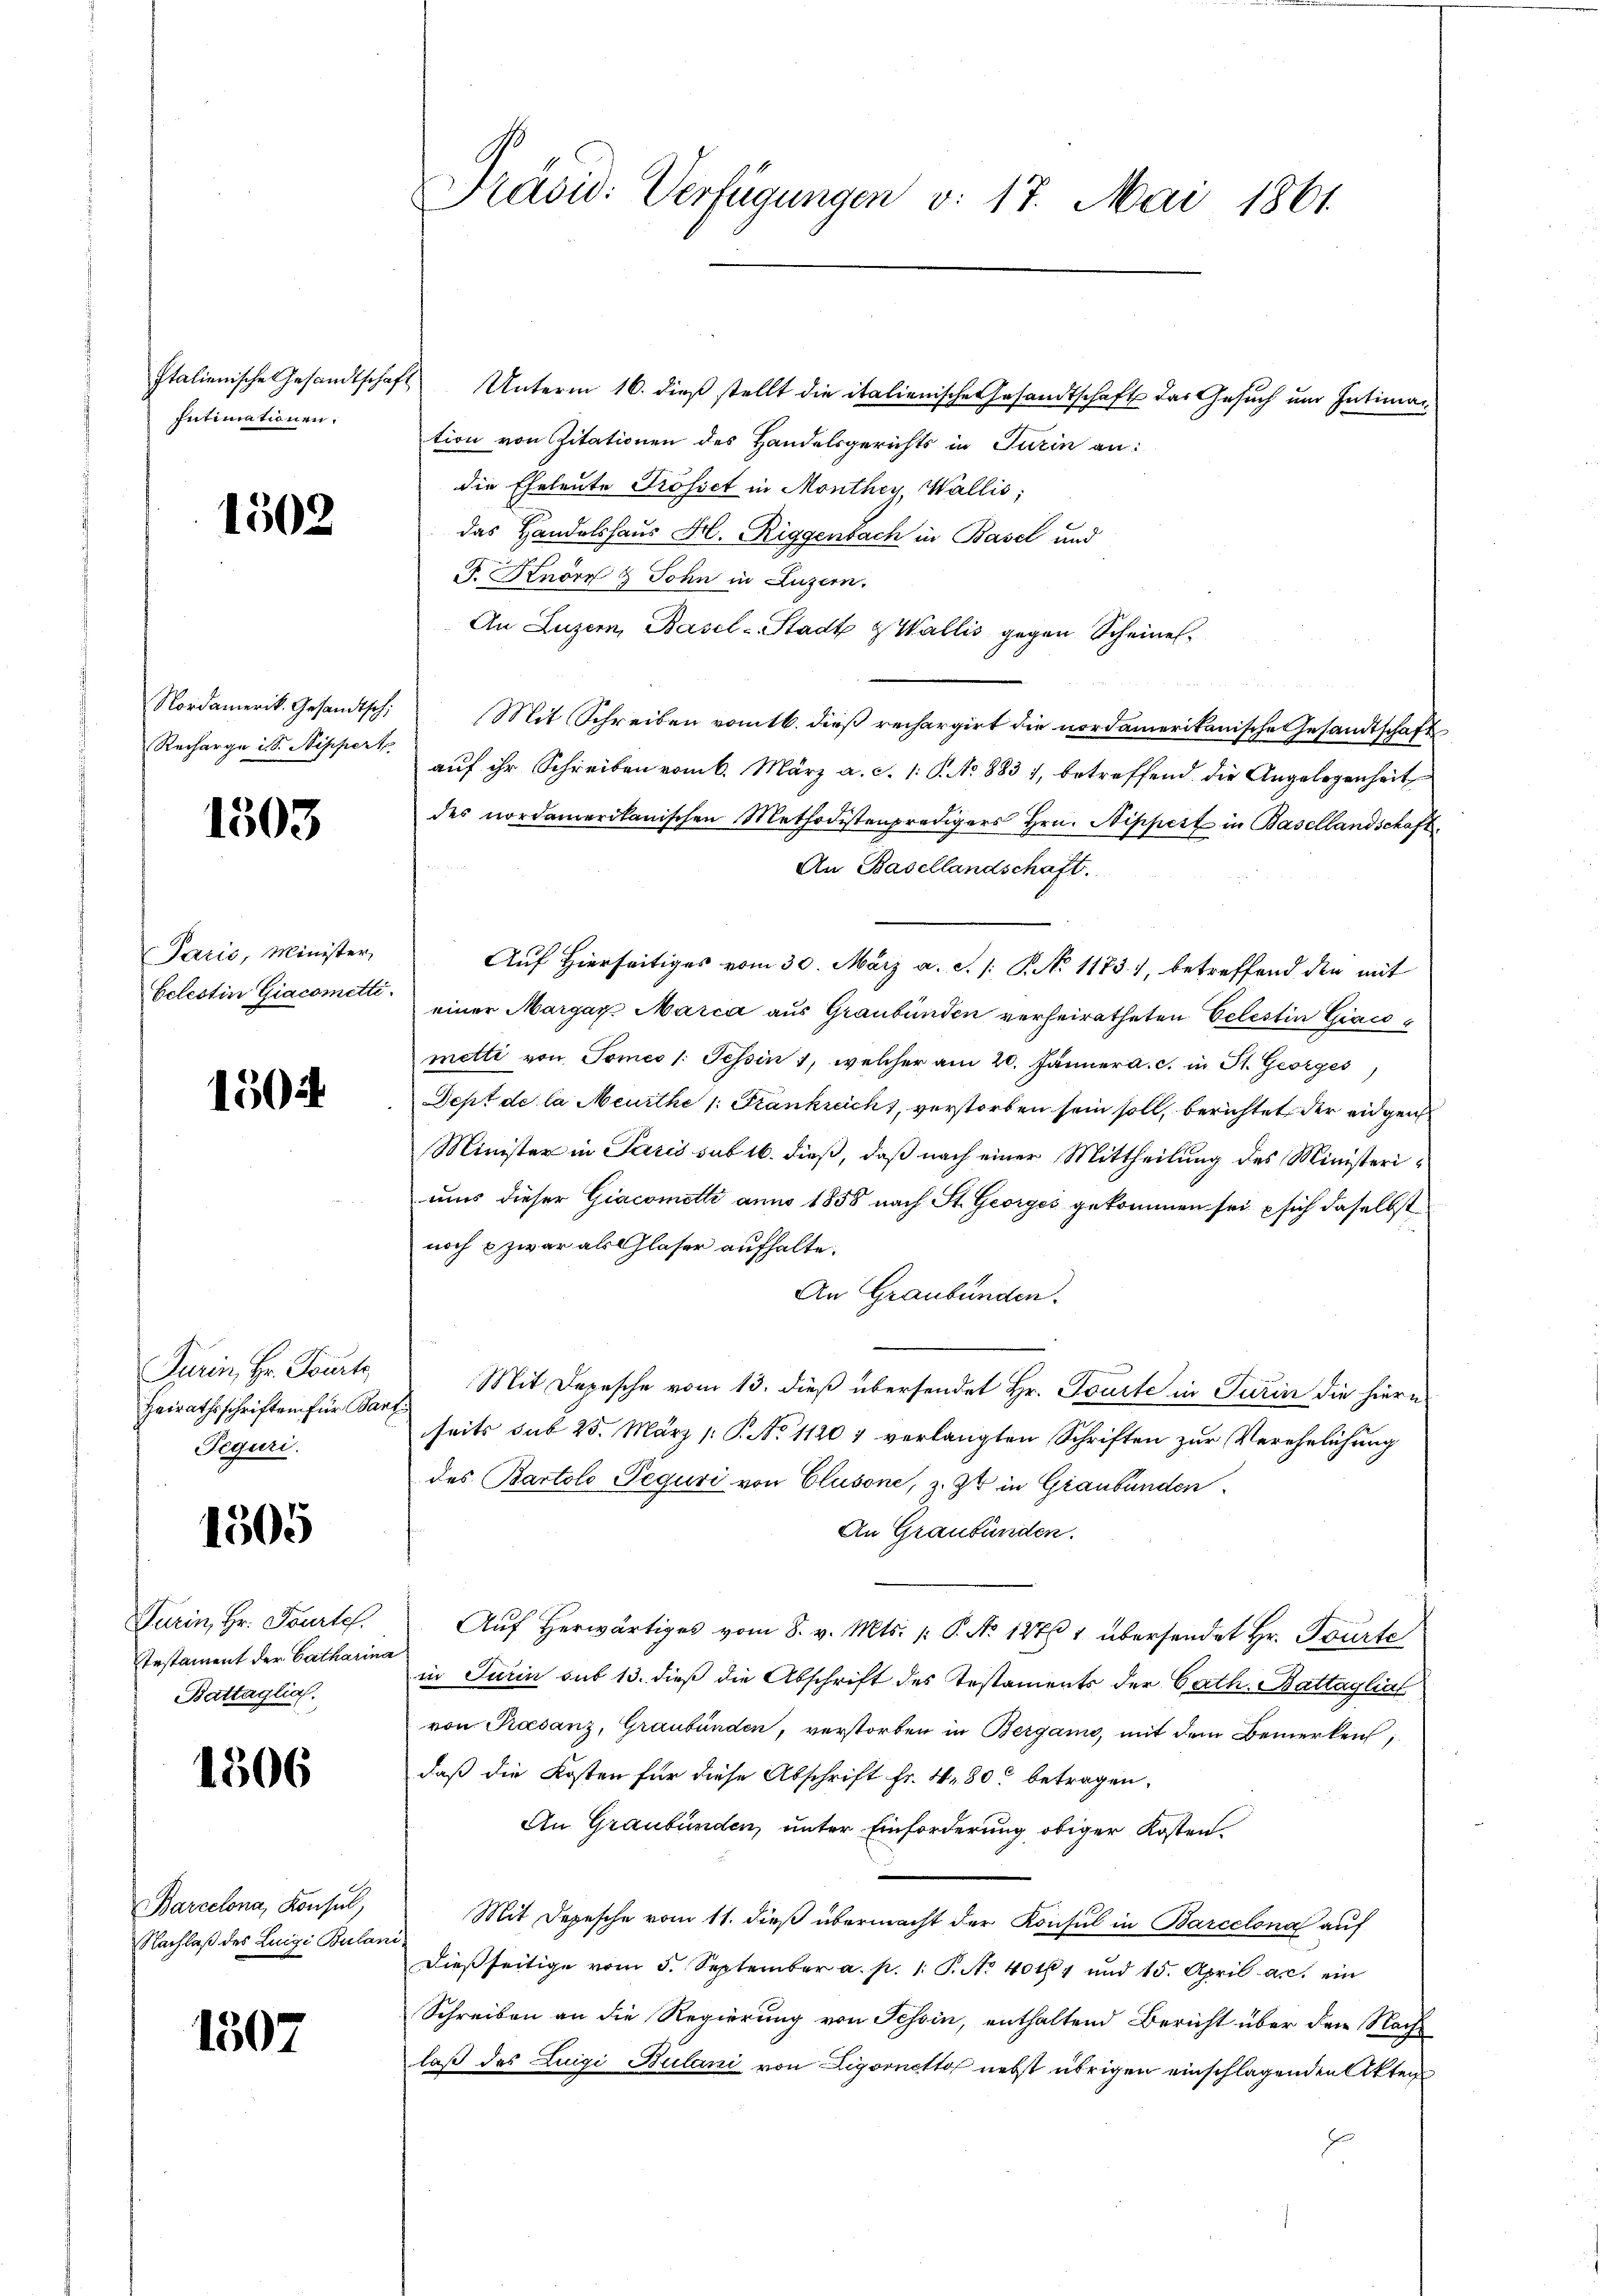
Intimationen:

1502

Recharge ist. Nippert

1303

Parić, Minister,

1502

Turin, Hr. Tourte
Heirathsschriften für Bart
Peguri.

1505

Stestament der Catharina
Battaglial.

1506

Barcelona, Konsul,
Nachlaß des Luigi Bulani

1507

Italienische Gesandtschaft Unterm 16. dieß stellt die italienische Gesandtschaft das Gesuch um Intiman
tion von Zitationen des Handelsgerichts in Turin an:
die Eheleute Prosset in Monthey, Wallis,
das Handelshaus H. Riggenbach in Basel und
F. Knorf & Sohn in Luzern.
An Luzern, Basel-Stadt & Wallis gegen Scheines¬
Nordamerik. Gesandtsch. Mit Schreiben vom 16. dieβ rechargirt die nordamerikanische Gesandtschaft
aŭf ihr Schreiben vom 6. März a. c. 1: P. No 883, betreffend die Angelegenheit
des nordamerikanischen Methodistenpredigers Hrn. Nippest in Basellandschaft.
An Basellandschaft.
Auf Hierseitiges vom 30. März a. c. /: P. No 1173), betreffend den mit
Eelestin Giacomit einer Margay Marca aus Graubünden verheiratheten Celestin Giacometti von Tomeo 1: Tessin 1, welcher am 20. Jänner a. c. in St. Georges
Sept de la Meurthe 1: Frankreich, verstorben sein soll, berichtet der eidgen
Minister in Paris sub 16. dieß, daß nach einer Mittheilung des Ministeriuns dieser Giacomotti anno 1858 nach St. Georges gekommen sei, u sich daselbst
noch & zwar als Glaser aufhalte.
An Graubünden.
Mit Depesche vom 13. dieß übersendet Hr. Toute in Turin die hiern
seits sub 25. März /: P. No 1120 7 verlangten Schriften zur Verehelichung
des Bartolo Peguri von Clusone, z. Zt. in Graubünden
An Graubünden.
Turin, Hr. Tourtel. Aŭf herwärtiges vom 8. v. Mts. /: P. No 1271 übersendet Hr. Tourte
in Turin sub 13. dieß die Abschrift des Testaments der Cath. Battaglial
von Praesanz, Graubünden, verstorben in Bergan, mit dem Bemerken,
daß die Kosten für diese Abschrift fr. 4.80 betragen.
An Graubünden, unter Einforderung obiger Kosten
Mit Depesche vom 11. dieß übermacht der Konsul in Barcelona auf
dießseitige vom 5. September a. p. 1. P. No 40164 und 15. April a.c. ein
Schreiben an die Regierung von Schein, enthaltend Bericht über den Nachlaß des Luigi Bulani von Ligornetto nebst übrigen einschlagenden Akten
E

Prävid: Verfügungen v. 17. Mai 1861